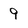
Character: 9